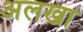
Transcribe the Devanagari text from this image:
अलखा